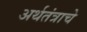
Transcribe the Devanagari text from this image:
अर्थतंत्राचे